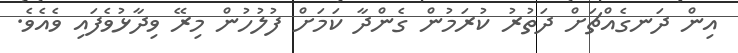
އިން ދަނގެއްޗަށް ދަތުރު ކުރަމުން ގެންދާ ކަމަށް ފުލުހުން މިރޭ ވިދާޅުވެފައި ވެއެވެ.